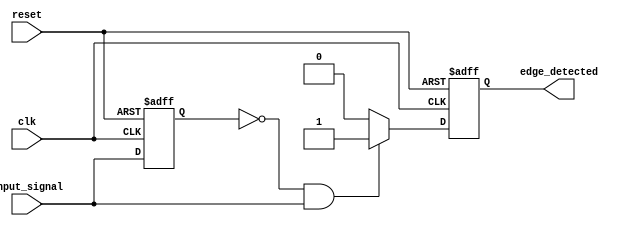
module rising_edge_detector (
    input wire clk,                // Clock signal
    input wire reset,              // Asynchronous reset signal
    input wire input_signal,       // Input signal to detect rising edge
    output reg edge_detected       // Output signal indicating rising edge
);

    reg previous_signal;           // Register to hold the previous value of input_signal

    // Asynchronous reset and edge detection logic
    always @(posedge clk or posedge reset) begin
        if (reset) begin
            previous_signal <= 1'b0; // Reset previous signal
            edge_detected <= 1'b0;   // Reset edge detected output
        end else begin
            // Edge detection logic
            if (previous_signal == 1'b0 && input_signal == 1'b1) begin
                edge_detected <= 1'b1; // Rising edge detected
            end else begin
                edge_detected <= 1'b0; // No rising edge detected
            end
            
            // Update previous signal for next clock cycle
            previous_signal <= input_signal;
        end
    end

endmodule